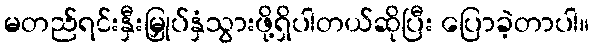
မတည်ရင်းနှီးမြှုပ်နှံသွားဖို့ရှိပါတယ်ဆိုပြီး ပြောခဲ့တာပါ။